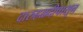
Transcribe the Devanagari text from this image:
दारुहळदीपासून